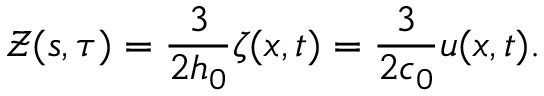
\mathcal { Z } ( s , \tau ) = \frac { 3 } { 2 h _ { 0 } } \zeta ( x , t ) = \frac { 3 } { 2 c _ { 0 } } u ( x , t ) .